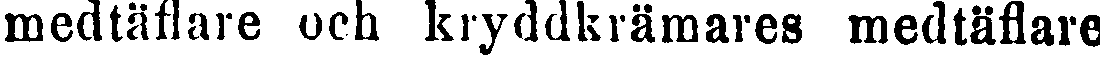
medtäflare och kryddkrämares medtäflare